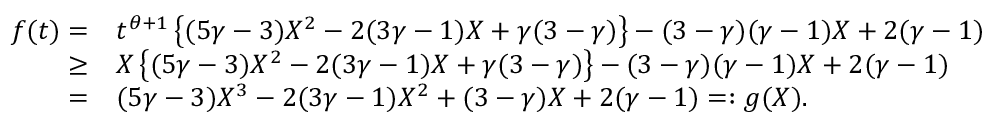
\begin{array} { r l } { f ( t ) = } & { t ^ { \theta + 1 } \left\{ ( 5 \gamma - 3 ) X ^ { 2 } - 2 ( 3 \gamma - 1 ) X + \gamma ( 3 - \gamma ) \right\} - ( 3 - \gamma ) ( \gamma - 1 ) X + 2 ( \gamma - 1 ) } \\ { \geq } & { X \left\{ ( 5 \gamma - 3 ) X ^ { 2 } - 2 ( 3 \gamma - 1 ) X + \gamma ( 3 - \gamma ) \right\} - ( 3 - \gamma ) ( \gamma - 1 ) X + 2 ( \gamma - 1 ) } \\ { = } & { ( 5 \gamma - 3 ) X ^ { 3 } - 2 ( 3 \gamma - 1 ) X ^ { 2 } + ( 3 - \gamma ) X + 2 ( \gamma - 1 ) = : g ( X ) . } \end{array}